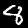
Digit: 8